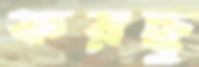
করছু